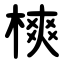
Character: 樉